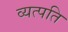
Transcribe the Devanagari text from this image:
व्यत्पति